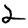
Digit: 2